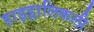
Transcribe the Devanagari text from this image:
हाइड्रालिकली